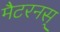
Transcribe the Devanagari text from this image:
मैटरनस्